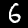
Label: 6